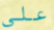
على